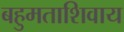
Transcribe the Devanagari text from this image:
बहुमताशिवाय